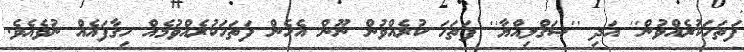
ފަތަހަކުރެއްވުން'' އަދި ''ޞަޤްލިއްޔާ'' ފަތަހަ ކުރެއްވުން ނޫން އެހެން ފަތަހަކުރެއްވުމެއް ހިގާފައެއް ނުވެއެވެ.